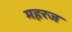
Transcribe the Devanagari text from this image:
महरज